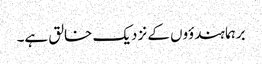
برہما ہندؤوں کے نزدیک خالق ہے۔